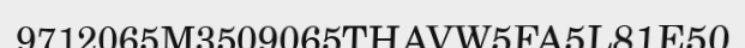
9712065M3509065THAVW5FA5L81E50